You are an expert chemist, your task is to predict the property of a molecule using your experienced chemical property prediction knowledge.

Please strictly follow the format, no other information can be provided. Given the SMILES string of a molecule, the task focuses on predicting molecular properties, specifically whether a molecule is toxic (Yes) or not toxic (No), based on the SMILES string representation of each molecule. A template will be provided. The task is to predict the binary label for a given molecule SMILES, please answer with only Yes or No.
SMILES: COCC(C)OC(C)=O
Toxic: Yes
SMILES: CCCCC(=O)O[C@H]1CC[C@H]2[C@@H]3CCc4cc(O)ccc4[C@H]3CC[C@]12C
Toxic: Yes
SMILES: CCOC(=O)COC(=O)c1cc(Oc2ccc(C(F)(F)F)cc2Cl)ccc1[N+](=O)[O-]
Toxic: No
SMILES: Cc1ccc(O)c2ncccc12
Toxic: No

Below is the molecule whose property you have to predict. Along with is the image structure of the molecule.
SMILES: Fc1c(F)c(F)c(Br)c(F)c1F
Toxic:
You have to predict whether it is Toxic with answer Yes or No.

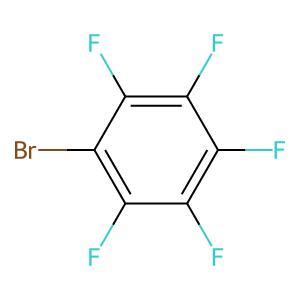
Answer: No